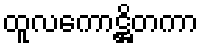
ထူလကောဋ္ဌိတကာ